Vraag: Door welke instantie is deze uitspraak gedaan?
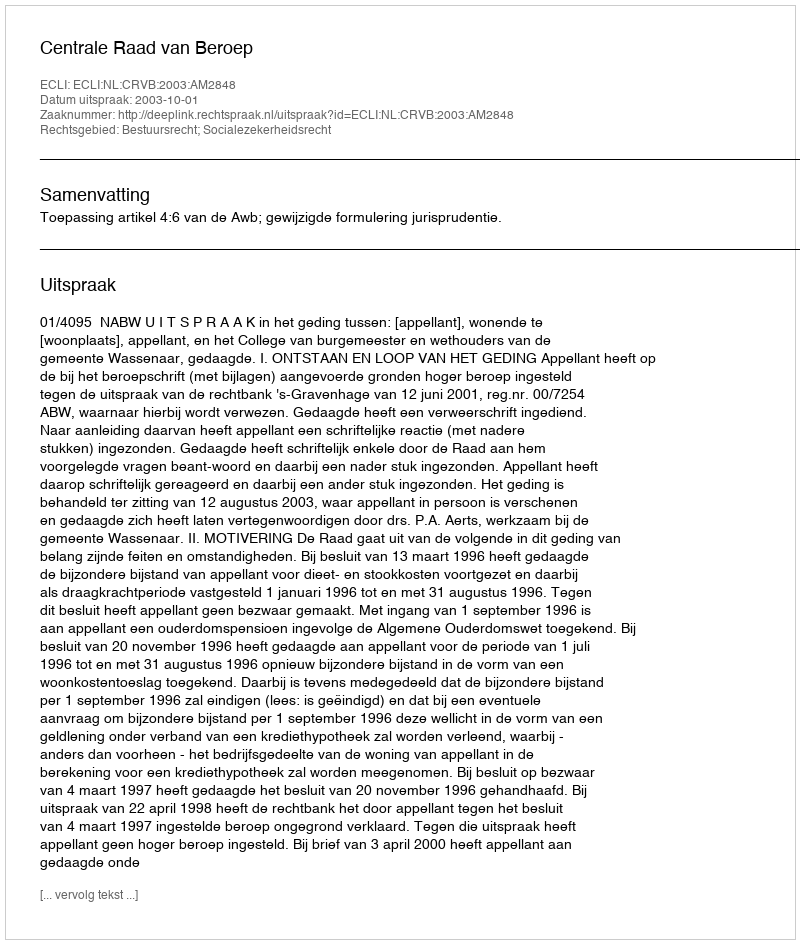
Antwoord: Centrale Raad van Beroep